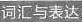
词与表达